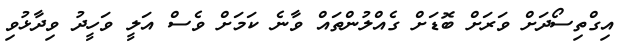
އިގްތިސޯދަށް ވަރަށް ބޮޑަށް ގެއްލުންތައް ވާނެ ކަމަށް ވެސް އަލީ ވަހީދު ވިދާޅުވި